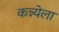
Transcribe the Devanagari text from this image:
कन्न्येला